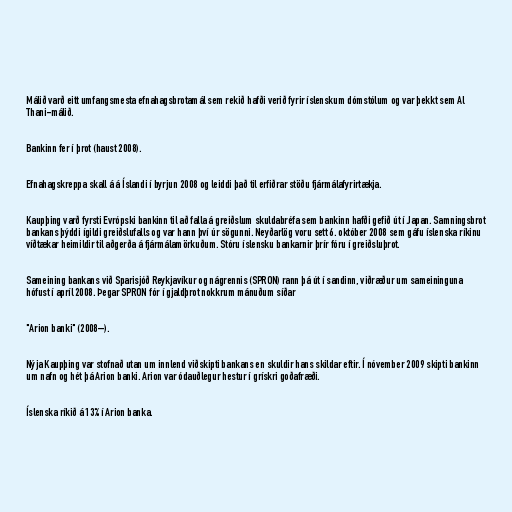
Málið varð eitt umfangsmesta efnahagsbrotamál sem rekið hafði verið fyrir íslenskum dómstólum og var þekkt sem Al
Thani-málið.

Bankinn fer í þrot (haust 2008).

Efnahagskreppa skall á á Íslandi í byrjun 2008 og leiddi það til erfiðrar stöðu fjármálafyrirtækja.

Kaupþing varð fyrsti Evrópski bankinn til að falla á greiðslum skuldabréfa sem bankinn hafði gefið út í Japan. Samningsbrot
bankans þýddi ígildi greiðslufalls og var hann því úr sögunni. Neyðarlög voru sett 6. október 2008 sem gáfu íslenska ríkinu
víðtækar heimildir til aðgerða á fjármálamörkuðum. Stóru íslensku bankarnir þrír fóru í greiðsluþrot.

Sameining bankans við Sparisjóð Reykjavíkur og nágrennis (SPRON) rann þá út í sandinn, viðræður um sameininguna
hófust í apríl 2008. Þegar SPRON fór í gjaldþrot nokkrum mánuðum síðar

"Arion banki" (2008–).

Nýja Kaupþing var stofnað utan um innlend viðskipti bankans en skuldir hans skildar eftir. Í nóvember 2009 skipti bankinn
um nafn og hét þá Arion banki. Arion var ódauðlegur hestur í grískri goðafræði.

Íslenska ríkið á 13% í Arion banka.